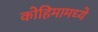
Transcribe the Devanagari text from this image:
कोहिमामध्ये